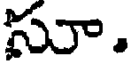
సూ.